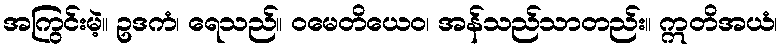
အကြွင်းမဲ့။ ဥဒကံ၊ ရေသည်။ ဝမေတိယေဝ၊ အန်သည်သာတည်း။ ဣတိအယံ၊